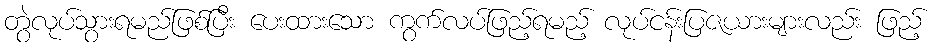
တွဲလုပ်သွားရမည်ဖြစ်ပြီး ပေးထားသော ကွက်လပ်ဖြည့်ရမည့် လုပ်ငန်းပြဇယားများလည်း ဖြည့်